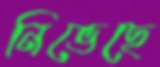
নিভেছে